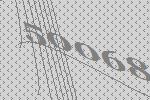
50068